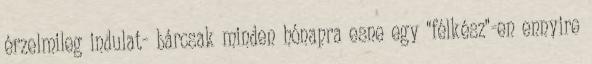
érzelmileg indulat- bárcsak minden hónapra esne egy "félkész"-en ennyire